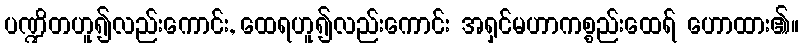
ပဏ္ဍိတဟူ၍လည်းကောင်း, ထေရဟူ၍လည်းကောင်း အရှင်မဟာကစ္စည်းထေရ် ဟောထား၏။